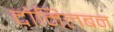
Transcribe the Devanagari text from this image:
दोमिलबन